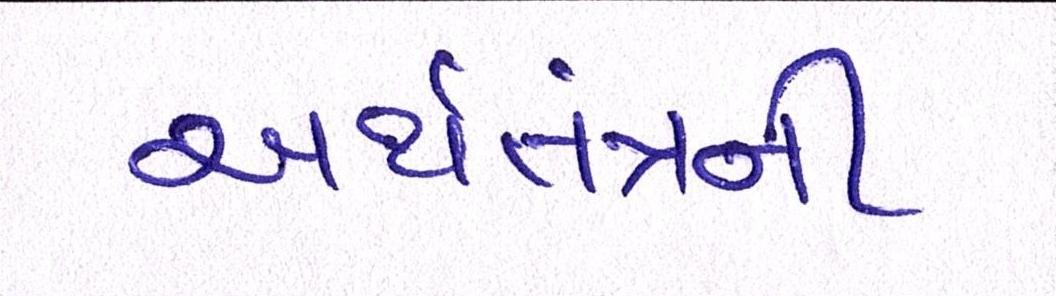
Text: અર્થતંત્રની